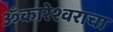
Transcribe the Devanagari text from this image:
ॐकारेश्वराचा